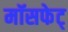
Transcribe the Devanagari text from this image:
मॉसफेट्